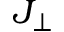
J _ { \perp }